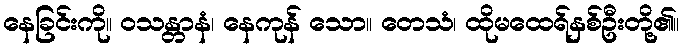
နေခြင်းကို။ ဝသန္တာနံ၊ နေကုန် သော။ တေသံ၊ ထိုမထေရ်နှစ်ဦးတို့၏။